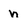
Character: n